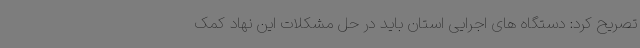
تصریح کرد: دستگاه های اجرایی استان باید در حل مشکلات این نهاد کمک